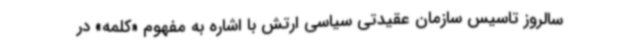
سالروز تاسیس سازمان عقیدتی سیاسی ارتش با اشاره به مفهوم «کلمه» در